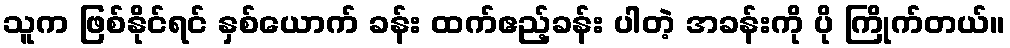
သူက ဖြစ်နိုင်ရင် နှစ်ယောက် ခန်း ထက်ဧည့်ခန်း ပါတဲ့ အခန်းကို ပို ကြိုက်တယ်။